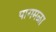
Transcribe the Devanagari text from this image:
पागमळा